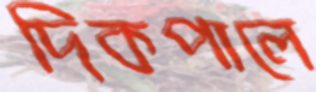
দিকপালে